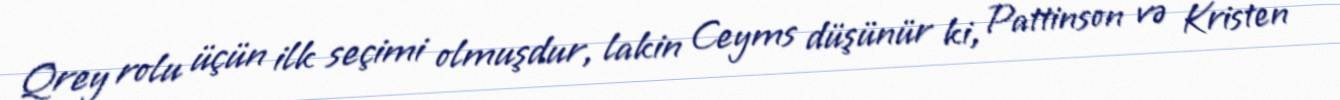
Qrey rolu üçün ilk seçimi olmuşdur, lakin Ceyms düşünür ki, Pattinson və Kristen